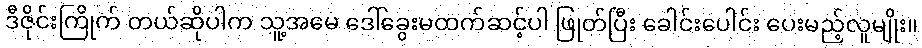
ဒီဇိုင်းကြိုက် တယ်ဆိုပါက သူ့အမေ ဒေါ်ခွေးမထက်ဆင့်ပါ ဖြုတ်ပြီး ခေါင်းပေါင်း ပေးမည့်လူမျိုး။